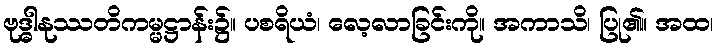
ဗုဒ္ဓါနုဿတိကမ္မဋ္ဌာန်း၌။ ပစရိယံ၊ လေ့လာခြင်းကို။ အကာသိ၊ ပြု၏။ အထ၊